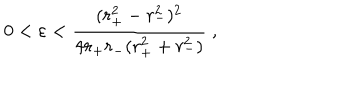
0 < \varepsilon < \frac { ( r _ { + } ^ { 2 } - r _ { - } ^ { 2 } ) ^ { 2 } } { 4 r _ { + } r _ { - } ( r _ { + } ^ { 2 } + r _ { - } ^ { 2 } ) } \; ,